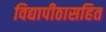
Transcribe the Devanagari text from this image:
विद्यापीठासहित